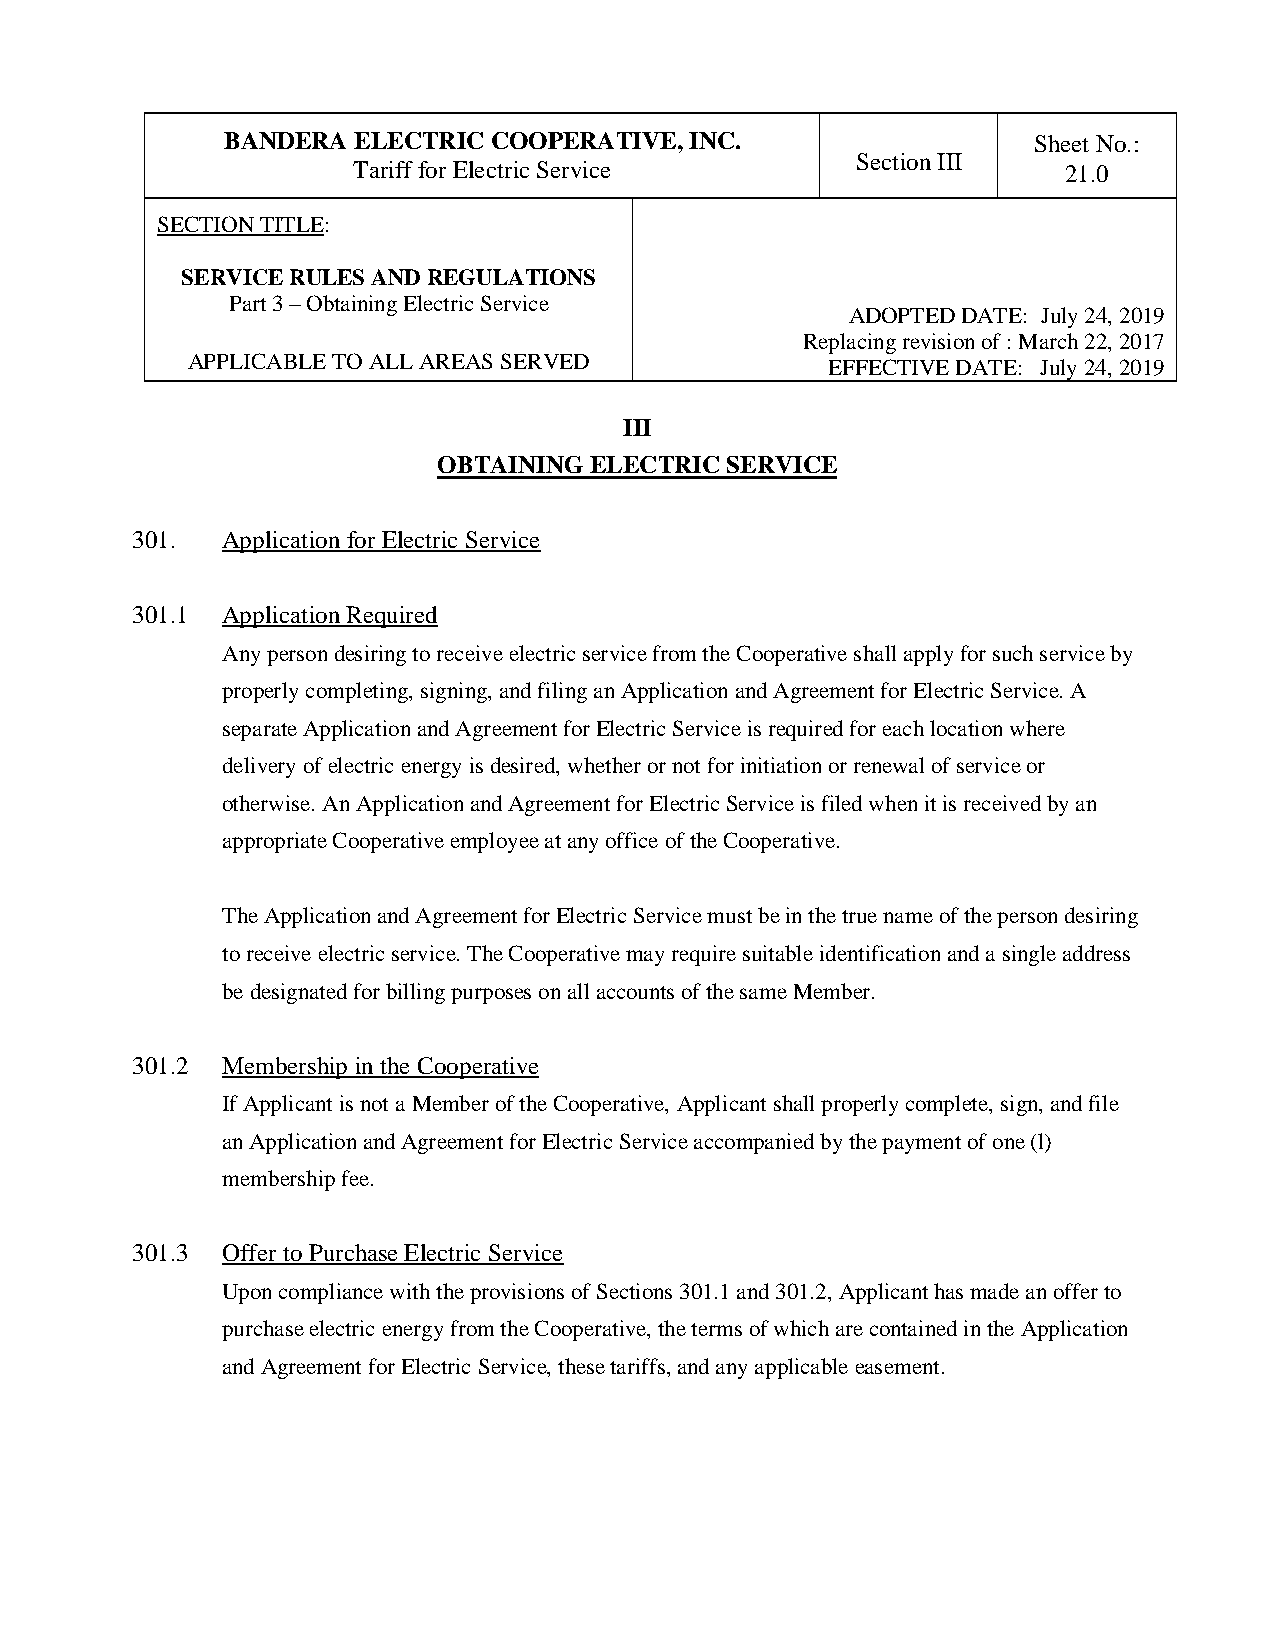
BANDERA ELECTRIC COOPERATIVE,  INC.                  Sheet No.:
 Section III
 Tariff for Electric Service                     21.0
 SECTION TITLE:
 SERVICE RULES AND REGULATIONS
 Part 3 – Obtaining Electric Service
 ADOPTED DATE: July 24, 2019
 Replacing revision of : March 22, 2017
 APPLICABLE TO ALL AREAS SERVED             EFFECTIVE DATE: July 24, 2019
 III
 OBTAINING ELECTRIC SERVICE
 301.  Application for Electric Service
 301.1 Application Required
 Any person desiring to receive electric service from the Cooperative shall apply for such service by
 properly completing, signing, and filing an Application and Agreement for Electric Service. A
 separate Application and Agreement for Electric Service is required for each location where
 delivery of electric energy is desired, whether or not for initiation or renewal of service or
 otherwise. An Application and Agreement for Electric Service is filed when it is received by an
 appropriate Cooperative employee at any office of the Cooperative.
 The Application and Agreement for Electric Service must be in the true name of the person desiring
 to receive electric service. The Cooperative may require suitable identification and a single address
 be designated for billing purposes on all accounts of the same Member.
 301.2 Membership in the Cooperative
 If Applicant is not a Member of the Cooperative, Applicant shall properly complete, sign, and file
 an Application and Agreement for Electric Service accompanied by the payment of one (l)
 membership fee.
 301.3 Offer to Purchase Electric Service
 Upon compliance with the provisions of Sections 301.1 and 301.2, Applicant has made an offer to
 purchase electric energy from the Cooperative, the terms of which are contained in the Application
 and Agreement for Electric Service, these tariffs, and any applicable easement.